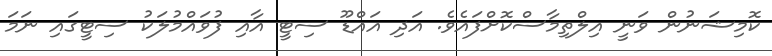
ކޮމިޝަނުން ވަނީ އިލްތިމާސްކޮށްފައެވެ. އަދި އައްޑޫ ސިޓީ އާއި ފުވައްމުލަކު ސިޓީގައި ނަމަ